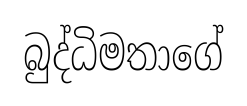
බුද්ධිමතාගේ